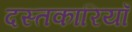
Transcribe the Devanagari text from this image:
दस्तकारियाँ